Leaving Certificate Examination (including Day School Certificate (Higher) General paper), 1932
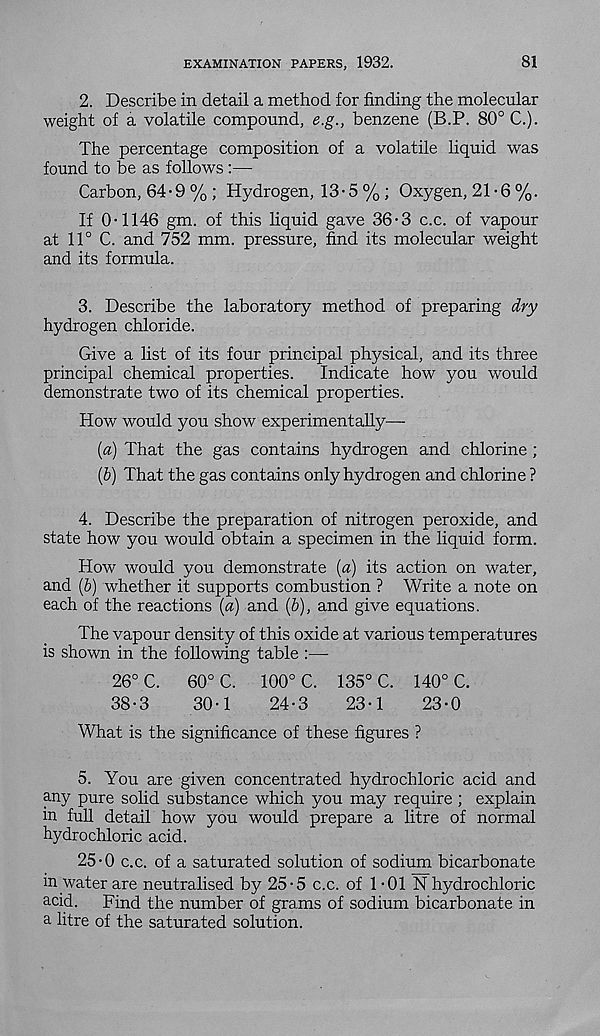
EXAMINATION PAPERS, 1932.
81
2. Describe in detail a method for finding the molecular
weight of a volatile compound, e.g., benzene (B.P. 80° C.).
The percentage composition of a volatile liquid was
found to be as follows :—
Carbon, 64 • 9 % ; Hydrogen, 13 • 5 % ; Oxygen, 21 • 6 %.
If 0-1146 gm. of this liquid gave 36-3 c.c. of vapour
at 11° C. and 752 mm. pressure, find its molecular weight
and its formula.
3. Describe the laboratory method of preparing dry
hydrogen chloride.
Give a list of its four principal physical, and its three
principal chemical properties.
Indicate how you would
demonstrate two of its chemical properties.
How would you show experimentally—
[а) That the gas contains hydrogen and chlorine ;
(б) That the gas contains only hydrogen and chlorine ?
4. Describe the preparation of nitrogen peroxide, and
state how you would obtain a specimen in the liquid form.
How would you demonstrate [a) its action on water,
and (6) whether it supports combustion ? Write a note on
each of the reactions [a) and (&), and give equations.
The vapour density of this oxide at various temperatures
is shown in the following table :—•
26° C.
60° C.
100° C. 135° C. 140° C.
38-3
30-1
24-3
23-1
23-0
What is the significance of these figures ?
5. You are given concentrated hydrochloric acid and
any pure solid substance which you may require ; explain
in full detail how you would prepare a litre of normal
hydrochloric acid.
25-0 c.c. of a saturated solution of sodium bicarbonate
in water are neutralised by 25-5 c.c. of 1 -01 N hydrochloric
acid.
Find the number of grams of sodium bicarbonate in
a litre of the saturated solution.